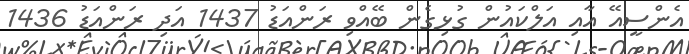
އެންސީއޭ އާއި އަލްކައުން ގުޅިގެން ބޭއްވި ރަންއަޑު 1437 އަދި ރަންއަޑު 1436